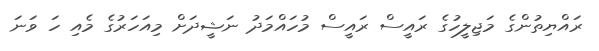
ރައްޔިތުންގެ މަޖިލީހުގެ ރައީސް ރައީސް މުހައްމަދު ނަޝީދަށް މިއަހަރުގެ މެއި ހަ ވަނަ